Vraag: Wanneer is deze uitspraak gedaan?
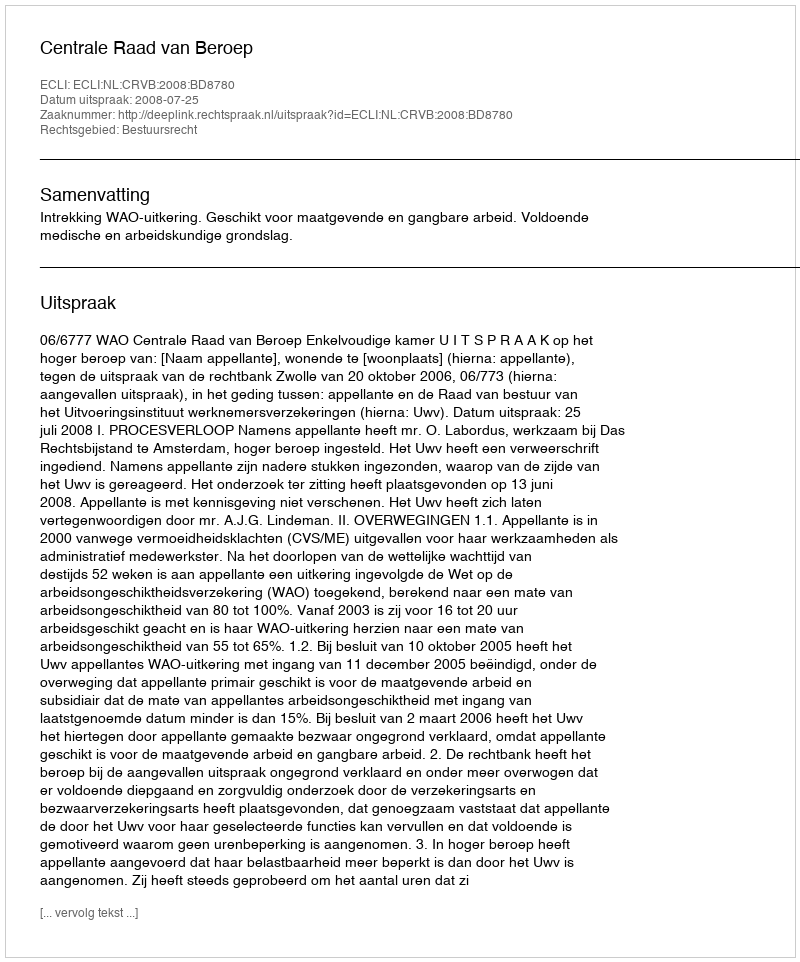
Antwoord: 2008-07-25